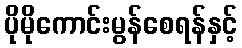
ပိုမိုကောင်းမွန်စေရန်နှင့်